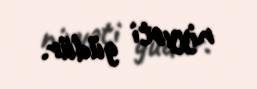
niyyəti güdür.